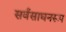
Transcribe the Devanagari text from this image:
सर्वसाधनरूप